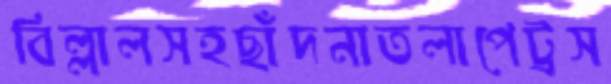
বিল্লালসহছাঁদনাতলাপেট্রস